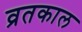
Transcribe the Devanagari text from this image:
व्रतकाल